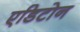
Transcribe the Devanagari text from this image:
एडिटोन